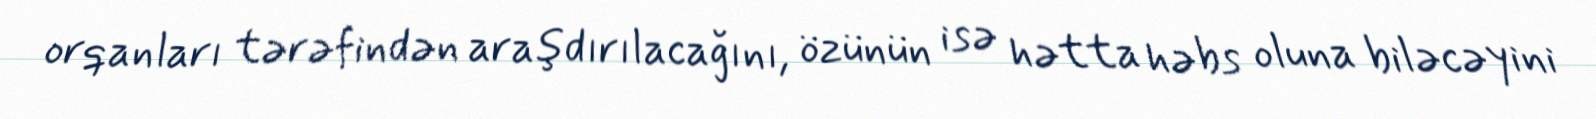
orqanları tərəfindən araşdırılacağını, özünün isə hətta həbs oluna biləcəyini